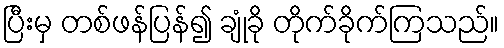
ပြီးမှ တစ်ဖန်ပြန်၍ ချုံခို တိုက်ခိုက်ကြသည်။